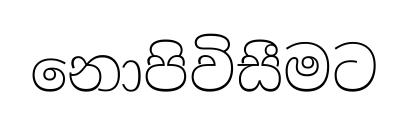
නොපිවිසීමට